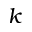
k